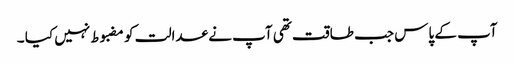
آپ کے پاس جب طاقت تھی آپ نے عدالت کو مضبوط نہیں کیا ۔